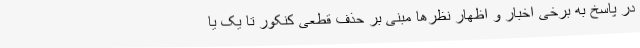
در پاسخ به برخی اخبار و اظهار نظرها مبنی بر حذف قطعی کنکور تا یک یا